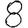
Digit: 8